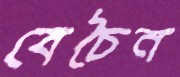
বেচৈন